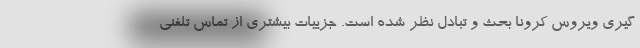
گیری ویروس کرونا بحث و تبادل نظر شده است. جزییات بیشتری از تماس تلفنی